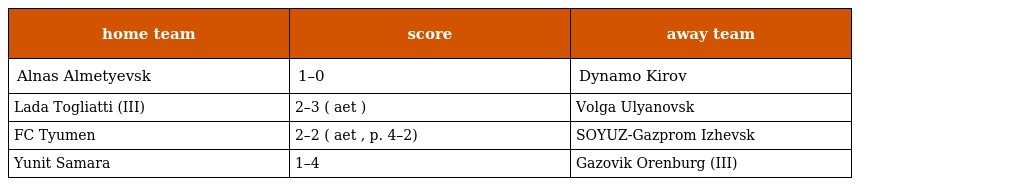
| home team | score | away team |
 | --- | --- | --- |
 | Alnas Almetyevsk | 1–0 | Dynamo Kirov |
 | Lada Togliatti (III) | 2–3 ( aet ) | Volga Ulyanovsk |
 | FC Tyumen | 2–2 ( aet , p. 4–2) | SOYUZ-Gazprom Izhevsk |
 | Yunit Samara | 1–4 | Gazovik Orenburg (III) |